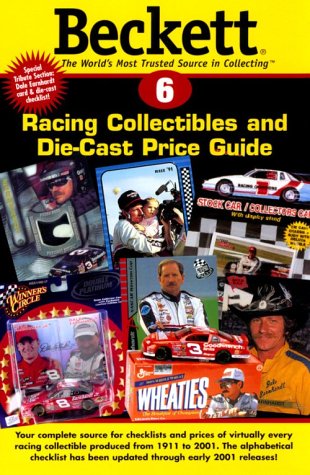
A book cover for Beckett Racing Collectibles and Die-Cast Price Guide (Beckett Racing Collectibles Price Guide); Crafts, Hobbies & Home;